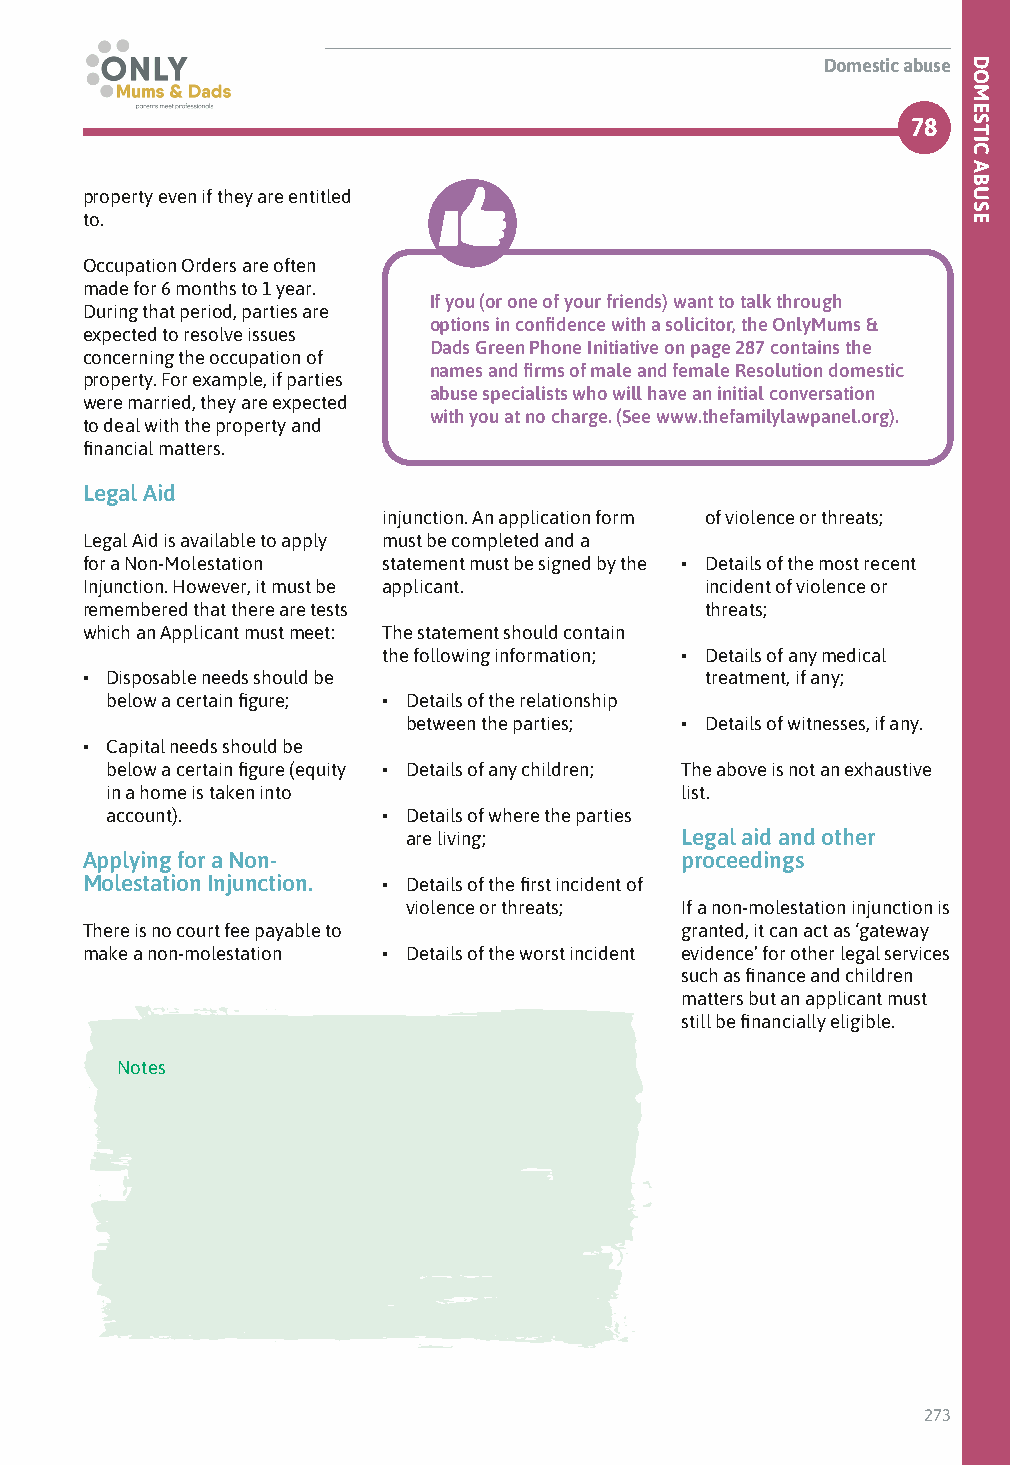
Domestic abuse
 78
 property even if they are entitled
 to.
 Occupation Orders are often
 made for 6 months to 1 year.
 If you (or one of your friends) want to talk through
 During that period, parties are
 options in confidence with a solicitor, the OnlyMums &
 expected to resolve issues
 Dads Green Phone Initiative on page 287 contains the
 concerning the occupation of
 names and firms of male and female Resolution domestic
 property. For example, if parties
 abuse specialists who will have an initial conversation
 were married, they are expected
 with you at no charge. (See www.thefamilylawpanel.org).
 to deal with the property and
 financial matters.
 Legal Aid
 injunction. An application form of violence or threats;
 Legal Aid is available to apply must be completed and a
 for a Non-Molestation statement must be signed by the • Details of the most recent
 Injunction. However, it must be applicant. incident of violence or
 remembered that there are tests           threats;
 which an Applicant must meet: The statement should contain
 the following information; • Details of any medical
 • Disposable needs should be              treatment, if any;
 below a certain figure; • Details of the relationship
 between the parties; • Details of witnesses, if any.
 • Capital needs should be
 below a certain figure (equity • Details of any children; The above is not an exhaustive
 in a home is taken into               list.
 account).         • Details of where the parties
 are living;       Legal aid and other
 Applying for a Non-                     proceedings
 Molestation Injunction. • Details of the first incident of
 violence or threats; If a non-molestation injunction is
 There is no court fee payable to        granted, it can act as ‘gateway
 make a non-molestation • Details of the worst incident evidence’ for other legal services
 such as finance and children
 matters but an applicant must
 still be financially eligible.
 Notes
 273
 DOMESTIC
 ABUSE